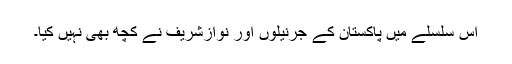
اس سلسلے میں پاکستان کے جرنیلوں اور نوازشریف نے کچھ بھی نہیں کیا۔